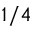
1 / 4